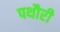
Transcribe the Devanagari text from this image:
पथौरी